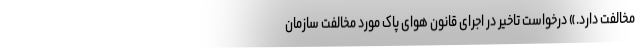
مخالفت دارد.» درخواست تاخیر در اجرای قانون هوای پاک مورد مخالفت سازمان